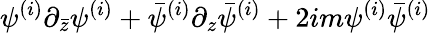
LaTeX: \psi^{(i)}\partial_{\bar{z}}\psi^{(i)}+\bar{\psi}^{(i)}\partial_{z}\bar{\psi}^{(i)}+2im\psi^{(i)}\bar{\psi}^{(i)}